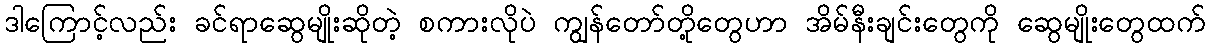
ဒါကြောင့်လည်း ခင်ရာဆွေမျိုးဆိုတဲ့ စကားလိုပဲ ကျွန်တော်တို့တွေဟာ အိမ်နီးချင်းတွေကို ဆွေမျိုးတွေထက်